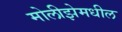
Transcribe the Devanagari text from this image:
मोलीझेमधील